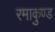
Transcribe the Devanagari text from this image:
रमाकुण्ड